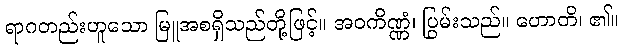
ရာဂတည်းဟူသော မြူအစရှိသည်တို့ဖြင့်။ အဝကိဏ္ဏံ၊ ပြွမ်းသည်။ ဟောတိ၊ ၏။